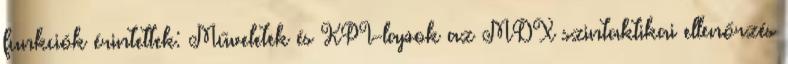
funkciók érintettek: Műveletek és KPI-lapok az MDX szintaktikai ellenőrzés